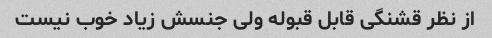
از نظر قشنگی قابل قبوله ولی جنسش زیاد خوب نیست